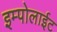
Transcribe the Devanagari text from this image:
इम्पोलाईट